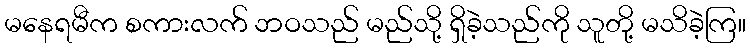
မနေရမီက စကားလက် ဘဝသည် မည်သို့ ရှိခဲ့သည်ကို သူတို့ မသိခဲ့ကြ။